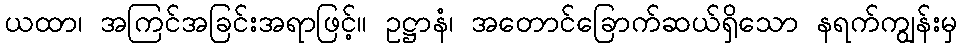
ယထာ၊ အကြင်အခြင်းအရာဖြင့်။ ဥဋ္ဌာနံ၊ အတောင်ခြောက်ဆယ်ရှိသော နရက်ကျွန်းမှ